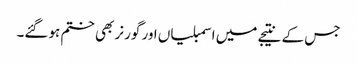
جس کے نتیجے میں اسمبلیاں اور گورنر بھی ختم ہوگئے۔